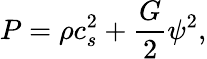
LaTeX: P=\rho c_{s}^{2}+\frac{G}{2}\psi^{2},